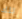
تلك